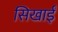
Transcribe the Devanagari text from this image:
सिखाईं